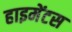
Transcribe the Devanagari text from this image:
हाइमेंटस